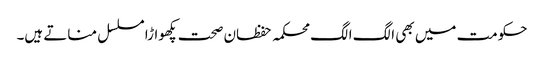
حکومت میں بھی الگ الگ محکمہ حفظان صحت پکھواڑا مسلسل مناتے ہیں۔